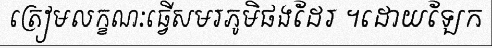
ត្រៀមលក្ខណៈធ្វើសមរភូមិផងដែរ ។ដោយឡែក